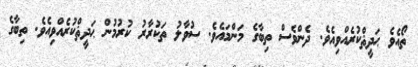
ތޯއެވެ ޙަދީޘްކުރެއްވިއެވެ. ދެންވެސް ތިބާގެ މަންމައެވެ. ސުވާލު ތަކުރާރު ކުރުމުން ޙަދީޘްކުރެއްވިއެވެ. ތިބާގެ